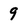
Character: 9